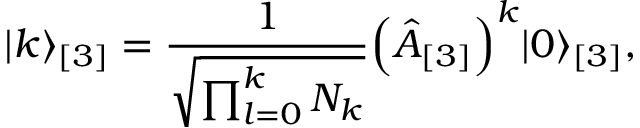
\vert k \rangle _ { [ 3 ] } = \frac { 1 } { \sqrt { \prod _ { l = 0 } ^ { k } N _ { k } } } \Bigl ( \hat { A } _ { [ 3 ] } \Bigr ) ^ { k } \vert 0 \rangle _ { [ 3 ] } ,